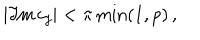
| \Im \mathrm { m } \, c _ { j } | < \pi \min ( 1 , p ) \, ,